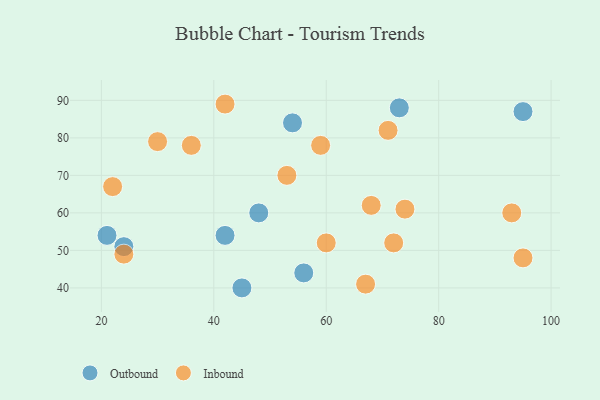
{"axis": {"x": "GDP", "y": "Life Expectancy"}, "legend": ["Inbound", "Outbound"], "data": [{"x": "56", "y": 44, "type": "Outbound"}, {"x": "73", "y": 88, "type": "Outbound"}, {"x": "54", "y": 84, "type": "Outbound"}, {"x": "21", "y": 54, "type": "Outbound"}, {"x": "45", "y": 40, "type": "Outbound"}, {"x": "48", "y": 60, "type": "Outbound"}, {"x": "95", "y": 87, "type": "Outbound"}, {"x": "42", "y": 54, "type": "Outbound"}, {"x": "24", "y": 51, "type": "Outbound"}, {"x": "95", "y": 48, "type": "Inbound"}, {"x": "42", "y": 89, "type": "Inbound"}, {"x": "93", "y": 60, "type": "Inbound"}, {"x": "68", "y": 62, "type": "Inbound"}, {"x": "74", "y": 61, "type": "Inbound"}, {"x": "59", "y": 78, "type": "Inbound"}, {"x": "30", "y": 79, "type": "Inbound"}, {"x": "67", "y": 41, "type": "Inbound"}, {"x": "72", "y": 52, "type": "Inbound"}, {"x": "24", "y": 49, "type": "Inbound"}, {"x": "53", "y": 70, "type": "Inbound"}, {"x": "36", "y": 78, "type": "Inbound"}, {"x": "71", "y": 82, "type": "Inbound"}, {"x": "60", "y": 52, "type": "Inbound"}, {"x": "22", "y": 67, "type": "Inbound"}]}